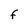
Character: F